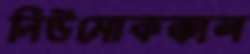
নিউমোকক্কাল